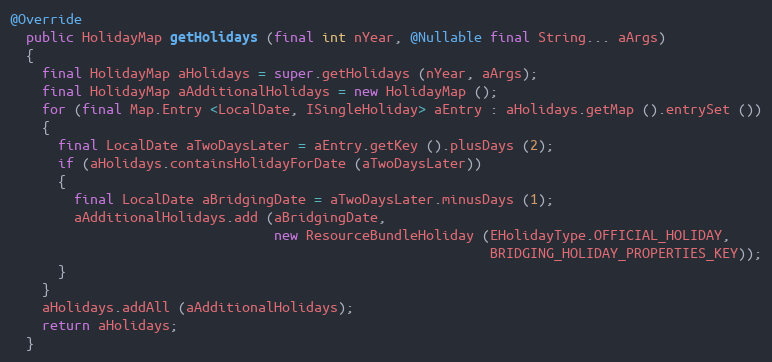
Language: Java
@Override
  public HolidayMap getHolidays (final int nYear, @Nullable final String... aArgs)
  {
    final HolidayMap aHolidays = super.getHolidays (nYear, aArgs);
    final HolidayMap aAdditionalHolidays = new HolidayMap ();
    for (final Map.Entry <LocalDate, ISingleHoliday> aEntry : aHolidays.getMap ().entrySet ())
    {
      final LocalDate aTwoDaysLater = aEntry.getKey ().plusDays (2);
      if (aHolidays.containsHolidayForDate (aTwoDaysLater))
      {
        final LocalDate aBridgingDate = aTwoDaysLater.minusDays (1);
        aAdditionalHolidays.add (aBridgingDate,
                                 new ResourceBundleHoliday (EHolidayType.OFFICIAL_HOLIDAY,
                                                            BRIDGING_HOLIDAY_PROPERTIES_KEY));
      }
    }
    aHolidays.addAll (aAdditionalHolidays);
    return aHolidays;
  }